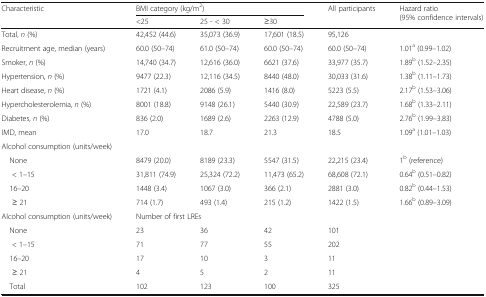
<table><thead><tr><td rowspan="2"><b>Characteristic</b></td><td colspan="3"><b>BMI category (kg/m<sup>2</sup>)</b></td><td rowspan="2"><b>All participants</b></td><td rowspan="2"><b>Hazard ratio (95% confidence intervals)</b></td></tr><tr><td><b>&lt;25</b></td><td><b>25 - &lt; 30</b></td><td><b>≥30</b></td></tr></thead><tbody><tr><td>Total, <i>n</i> (%)</td><td>42,452 (44.6)</td><td>35,073 (36.9)</td><td>17,601 (18.5)</td><td>95,126</td><td></td></tr><tr><td>Recruitment age, median (years)</td><td>60.0 (50–74)</td><td>61.0 (50–74)</td><td>60.0 (50–74)</td><td>60.0 (50–74)</td><td>1.01<sup>a</sup> (0.99–1.02)</td></tr><tr><td>Smoker, <i>n</i> (%)</td><td>14,740 (34.7)</td><td>12,616 (36.0)</td><td>6621 (37.6)</td><td>33,977 (35.7)</td><td>1.89<sup>b</sup> (1.52–2.35)</td></tr><tr><td>Hypertension, <i>n</i> (%)</td><td>9477 (22.3)</td><td>12,116 (34.5)</td><td>8440 (48.0)</td><td>30,033 (31.6)</td><td>1.38<sup>b</sup> (1.11–1.73)</td></tr><tr><td>Heart disease, <i>n</i> (%)</td><td>1721 (4.1)</td><td>2086 (5.9)</td><td>1416 (8.0)</td><td>5223 (5.5)</td><td>2.17<sup>b</sup> (1.53–3.06)</td></tr><tr><td>Hypercholesterolemia, <i>n</i> (%)</td><td>8001 (18.8)</td><td>9148 (26.1)</td><td>5440 (30.9)</td><td>22,589 (23.7)</td><td>1.68<sup>b</sup> (1.33–2.11)</td></tr><tr><td>Diabetes, <i>n</i> (%)</td><td>836 (2.0)</td><td>1689 (2.6)</td><td>2263 (12.9)</td><td>4788 (5.0)</td><td>2.76<sup>b</sup> (1.99–3.83)</td></tr><tr><td>IMD, mean</td><td>17.0</td><td>18.7</td><td>21.3</td><td>18.5</td><td>1.09<sup>a</sup> (1.01–1.03)</td></tr><tr><td colspan="6">Alcohol consumption (units/week)</td></tr><tr><td> None</td><td>8479 (20.0)</td><td>8189 (23.3)</td><td>5547 (31.5)</td><td>22,215 (23.4)</td><td>1<sup>b</sup> (reference)</td></tr><tr><td>&lt; 1–15</td><td>31,811 (74.9)</td><td>25,324 (72.2)</td><td>11,473 (65.2)</td><td>68,608 (72.1)</td><td>0.64<sup>b</sup> (0.51–0.82)</td></tr><tr><td> 16–20</td><td>1448 (3.4)</td><td>1067 (3.0)</td><td>366 (2.1)</td><td>2881 (3.0)</td><td>0.82<sup>b</sup> (0.44–1.53)</td></tr><tr><td>≥ 21</td><td>714 (1.7)</td><td>493 (1.4)</td><td>215 (1.2)</td><td>1422 (1.5)</td><td>1.66<sup>b</sup> (0.89–3.09)</td></tr><tr><td>Alcohol consumption (units/week)</td><td colspan="4">Number of first LREs</td><td></td></tr><tr><td> None</td><td>23</td><td>36</td><td>42</td><td>101</td><td></td></tr><tr><td>&lt; 1–15</td><td>71</td><td>77</td><td>55</td><td>202</td><td></td></tr><tr><td> 16–20</td><td>17</td><td>10</td><td>3</td><td>11</td><td></td></tr><tr><td>≥ 21</td><td>4</td><td>5</td><td>2</td><td>11</td><td></td></tr><tr><td> Total</td><td>102</td><td>123</td><td>100</td><td>325</td><td></td></tr></tbody></table>